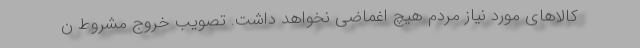
کالاهای مورد نیاز مردم هیچ اغماضی نخواهد داشت. تصویب خروج مشروط ن